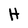
Character: H